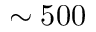
\sim 5 0 0